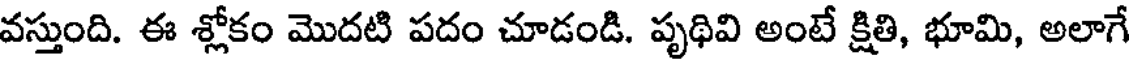
వస్తుంది. ఈ శ్లోకం మొదటి పదం చూడండి. పృథివి అంటే క్షితి, భూమి, అలాగే